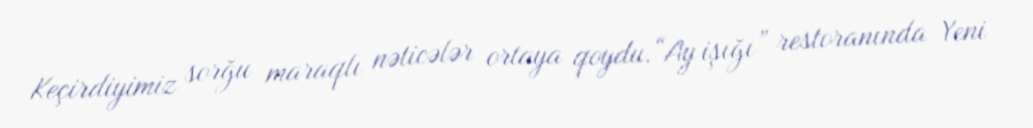
Keçirdiyimiz sorğu maraqlı nəticələr ortaya qoydu.“Ay işığı” restoranında Yeni